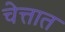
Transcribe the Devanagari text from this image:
चेत्तात